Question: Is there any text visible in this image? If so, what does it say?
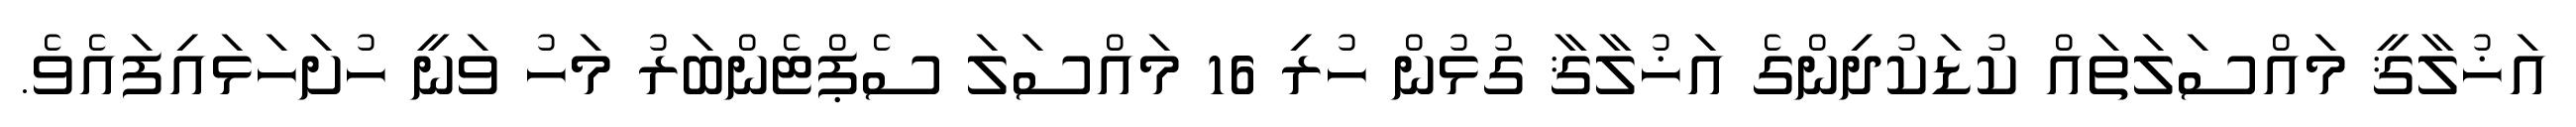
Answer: އަޚުލާޤީ މައްސަލަތައް ކުޑަކުދިންގެ އަޚުލާޤާ ގުޅުން ހުރި 16 މައްސަލަ ސެޕްޓެންބަރު މަހު ވަނީ ހުށަހަޅައިފައެވެ.